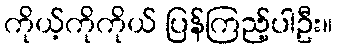
ကိုယ့်ကိုကိုယ် ပြန်ကြည့်ပါဦး။